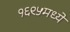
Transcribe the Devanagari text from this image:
१६९५मध्ये